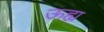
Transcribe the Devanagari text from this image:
ऊह्य